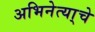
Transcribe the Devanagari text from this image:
अभिनेत्या्चे